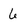
Character: 6